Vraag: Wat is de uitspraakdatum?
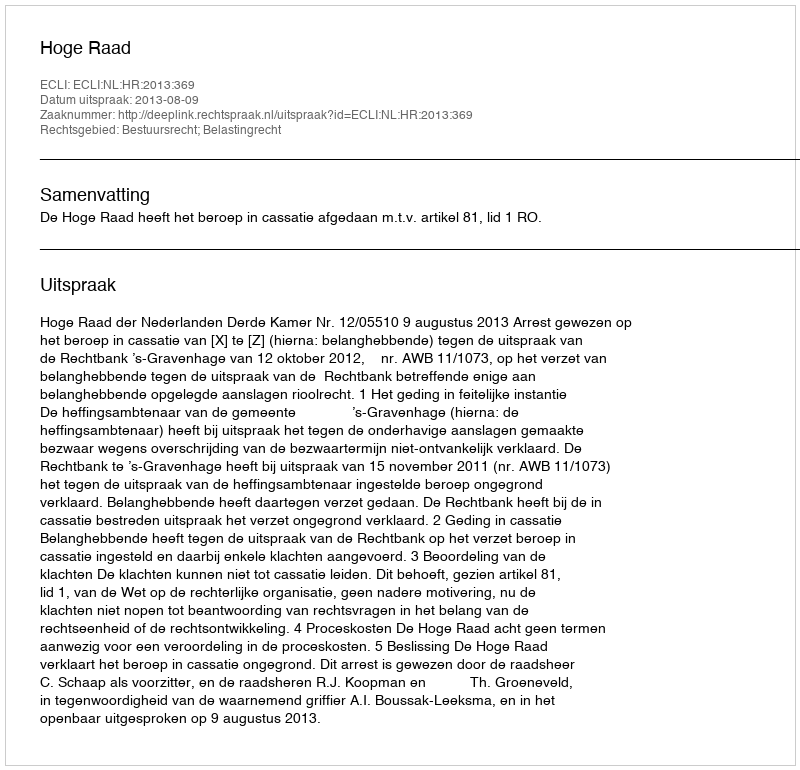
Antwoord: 2013-08-09